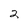
Character: 2